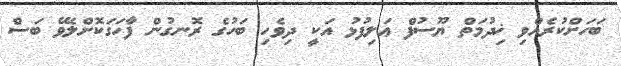
ބަހަށްކުރެއްވި ޚިދުމަތް ޔޫސުފް ޢަލިފުޅު އަކީ ދިވެހި ބަހުގެ ރޮނގުން ފާހަގަކޮށްލެވޭ ބަސް